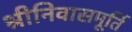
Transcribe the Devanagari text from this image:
श्रीनिवासमूर्ति